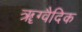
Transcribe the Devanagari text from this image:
ॠग्वैदिक